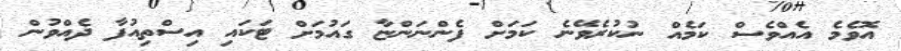
އޮވެމެ އެއްވެސް ކަމެއް ނުކުރެވޭނެ ކަމަށް ފެންނަންޏާ ގައުމަށް ޓަކައި އިސްތިއުފާ ދެއްވުން